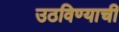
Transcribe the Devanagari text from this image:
उठविण्याची